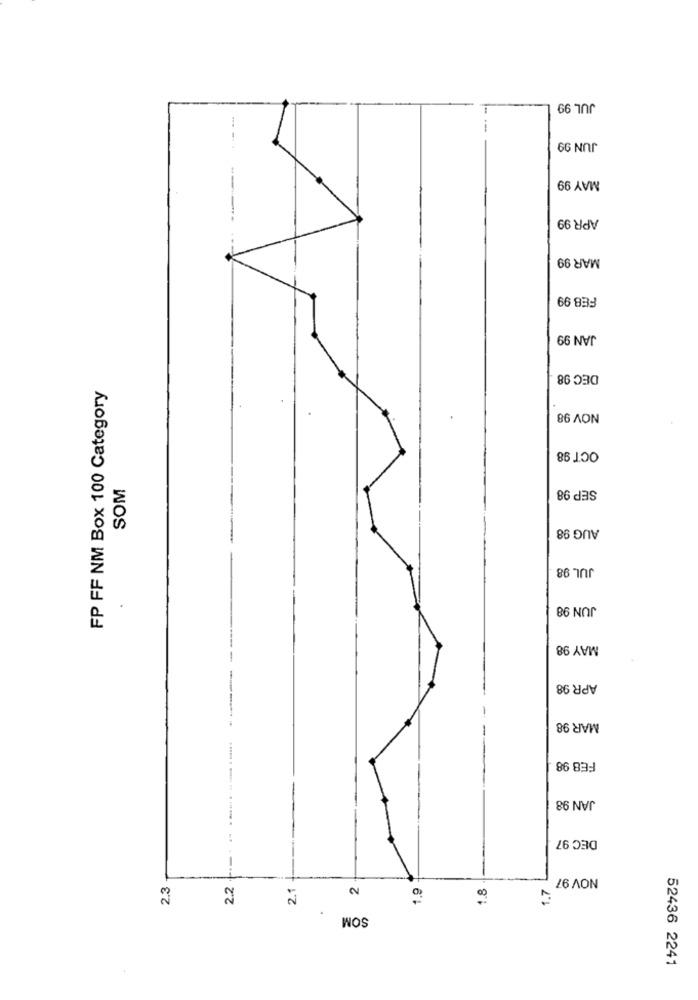
--
JUL 99
----
JUN 99
MAY 99
APR 99
MAR 99
FEB 99
JAN 99
DEC 98
FP FF NM Box 100 Category
NOV 98
OCT 98
SOM
SEP 98
AUG 98
JUL 98
JUN 98
MAY 98
APR 98
MAR 98
FEB 98
JAN 98
DEC 97
NOV 97
2.3
2.2
2.1
0
1.8
1.7
SOM
52436 2241